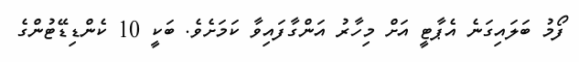
ފޯމު ބަލައިގަނެ އެޕާޓީ އަށް މިހާރު އަންގާފައިވާ ކަމަށެވެ. ބަކީ 10 ކެންޑިޑޭޓުންގެ